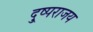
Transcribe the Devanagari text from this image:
दु्ष्पराजय